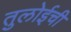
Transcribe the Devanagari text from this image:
तुलोईची